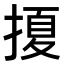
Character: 𭡲